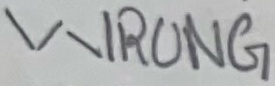
Text: WRONG